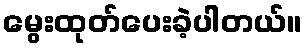
မွေးထုတ်ပေးခဲ့ပါတယ်။